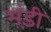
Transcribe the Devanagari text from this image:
मंड़ी